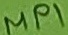
Text: MP1